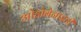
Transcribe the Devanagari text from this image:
ओडोबेनाइडी